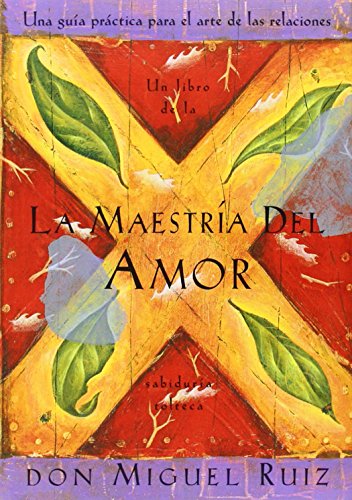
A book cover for La Maestria del Amor: Una Guia Practica para el Arte de las Relaciones; Don Miguel Ruiz; Literature & Fiction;